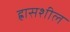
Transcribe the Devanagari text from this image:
ह्रासशील